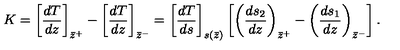
K = \left[ { \frac { d T } { d z } } \right] _ { \bar { z } ^ { + } } - \left[ { \frac { d T } { d z } } \right] _ { \bar { z } ^ { - } } = \left[ { \frac { d T } { d s } } \right] _ { s ( \bar { z } ) } \left[ \left( { \frac { d s _ { 2 } } { d z } } \right) _ { \bar { z } ^ { + } } - \left( { \frac { d s _ { 1 } } { d z } } \right) _ { \bar { z } ^ { - } } \right] .